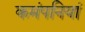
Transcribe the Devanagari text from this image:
कमंपनियां